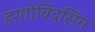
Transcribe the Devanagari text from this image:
हरगोविंदसिंग